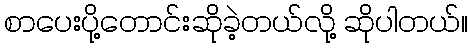
စာပေးပို့တောင်းဆိုခဲ့တယ်လို့ ဆိုပါတယ်။